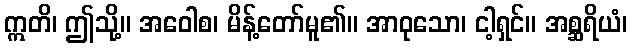
ဣတိ၊ ဤသို့။ အဝေါစ၊ မိန့်တော်မူ၏။ အာဝုသော၊ ငါ့ရှင်။ အစ္ဆရိယံ၊